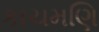
કાચમણિ